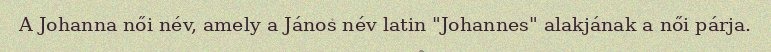
A Johanna női név, amely a János név latin "Johannes" alakjának a női párja.